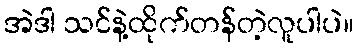
အဲဒါ သင်နဲ့ထိုက်တန်တဲ့လူပါပဲ။